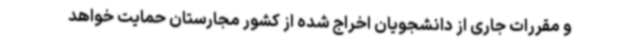
و مقررات جاری از دانشجویان اخراج شده از کشور مجارستان حمایت خواهد